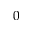
0